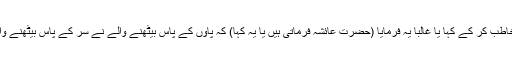
پھر وہ شخص جو میرے سر کے پاس بیٹھا ہوا تھا اس نے پاؤں کے پاس بیٹھنے والے کو مخاطب کر کے کہا یا غالباً یہ فرمایا (حضرت عائشہؓ فرماتی ہیں یا یہ کہا) کہ پاؤں کے پاس بیٹھنے والے نے سر کے پاس بیٹھنے والے کو مخاطب کر تے ہوئے کہا کہ اس شخص (یعنی محمد رسول اللہﷺ )کو کیا تکلیف ہے؟